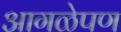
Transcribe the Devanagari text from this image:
आगळेपण